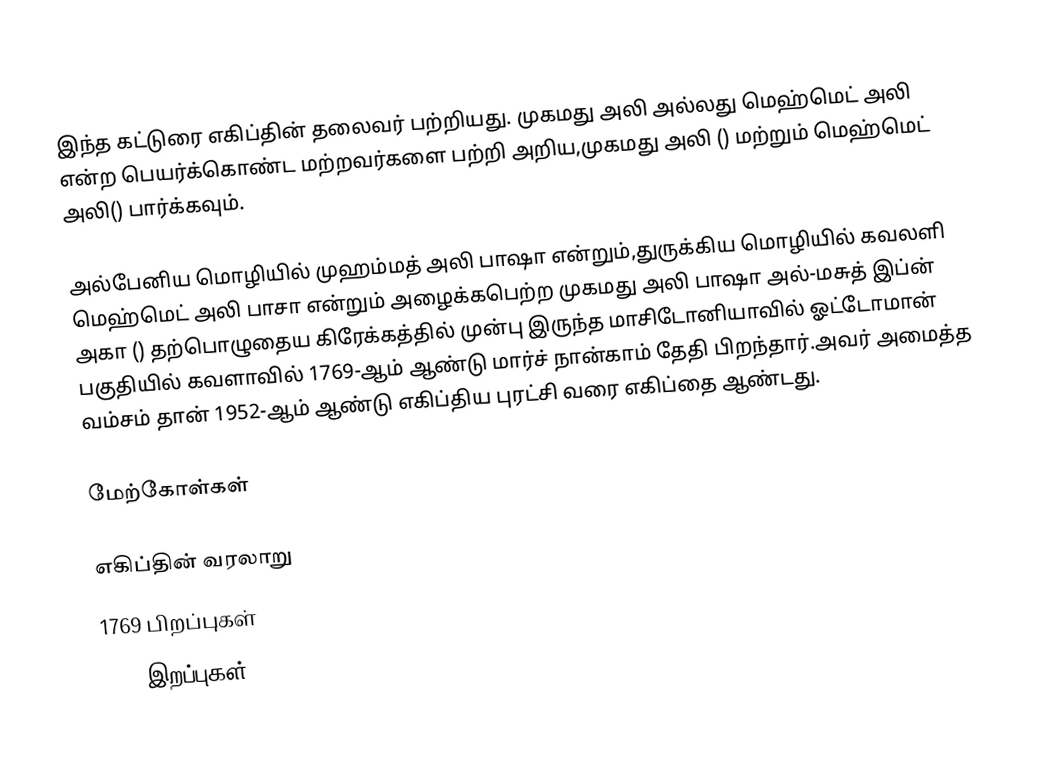
இந்த கட்டுரை எகிப்தின் தலைவர் பற்றியது. முகமது அலி அல்லது மெஹ்மெட் அலி என்ற பெயர்க்கொண்ட மற்றவர்களை பற்றி அறிய,முகமது அலி () மற்றும் மெஹ்மெட் அலி() பார்க்கவும்.

அல்பேனிய மொழியில் முஹம்மத் அலி பாஷா என்றும்,துருக்கிய மொழியில் கவலளி மெஹ்மெட் அலி பாசா என்றும் அழைக்கபெற்ற முகமது அலி பாஷா அல்-மசுத் இப்ன் அகா () தற்பொழுதைய கிரேக்கத்தில் முன்பு இருந்த மாசிடோனியாவில்  ஓட்டோமான் பகுதியில் கவளாவில் 1769-ஆம் ஆண்டு மார்ச் நான்காம் தேதி பிறந்தார்.அவர் அமைத்த வம்சம் தான் 1952-ஆம் ஆண்டு எகிப்திய புரட்சி வரை எகிப்தை ஆண்டது.

மேற்கோள்கள்

எகிப்தின் வரலாறு
1769 பிறப்புகள்
1849 இறப்புகள்